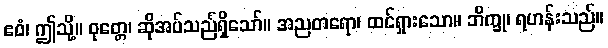
ဧဝံ၊ ဤသို့။ ဝုတ္တေ၊ ဆိုအပ်သည်ရှိသော်။ အညတရော၊ ထင်ရှားသော။ ဘိက္ခု၊ ရဟန်းသည်။